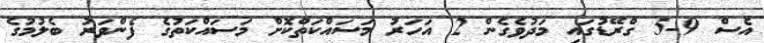
އެސް 9-5 ގްރޭޑުގައި މަދުވެގެން 2 އަހަރު މަސައްކަތްކޮށް މަސައްކަތުގެ ފެންވަރު ބެލުމުގެ